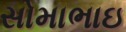
સોમાભાઇ